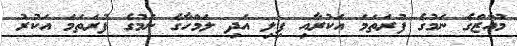
މުއާޒްގެ ނަމުގެ ފުރަތަމަ އަކުރާއި ފިލި އަދި ލަމްހާގެ ނަމުގެ ފުރަތަމަ އަކުރު